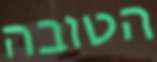
הטובה